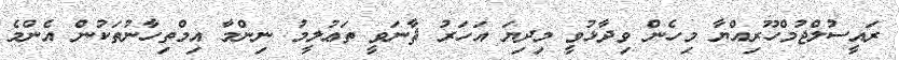
ރައީސުލްޖުމްހޫރިއްޔާ މިހެން ވިދާޅުވީ މިދިޔަ އަހަރު ޘާނަވީ ތަޢުލީމު ނިންމާ އިމްތިހާނުތަކުން އެންމެ